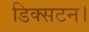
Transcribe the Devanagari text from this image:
डिक्सटन।